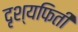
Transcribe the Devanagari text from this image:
दृश्यफिती